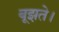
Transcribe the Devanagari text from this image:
बूझते।